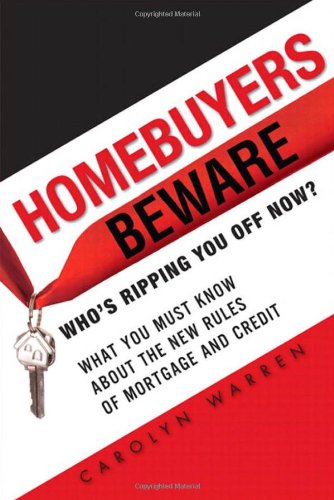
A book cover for Homebuyers Beware: WhoÂ¿s Ripping You Off Now?--What You Must Know About the New Rules of Mortgage and Credit; Carolyn Warren; Business & Money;